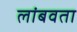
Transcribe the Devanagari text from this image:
लांबवता